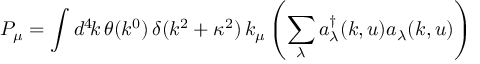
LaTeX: P _ { \mu } = \int d ^ { 4 } \! k \, \theta ( k ^ { 0 } ) \, \delta ( k ^ { 2 } + \kappa ^ { 2 } ) \, k _ { \mu } \left( \sum _ { \lambda } a _ { \lambda } ^ { \dagger } ( k , u ) a _ { \lambda } ( k , u ) \right)